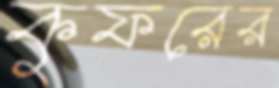
কুফরের